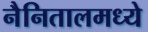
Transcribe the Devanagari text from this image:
नैनितालमध्ये